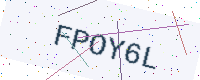
Text: FPOY6L